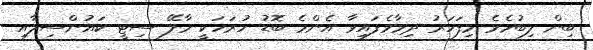
ބިން ލިބުމެވެ މިފަހަރު ދިމާވެފައިވާ އެންމެ ބޮޑު ހުރަހަކީ މާލޭ ސިޓީ ކައުންސިލާއި